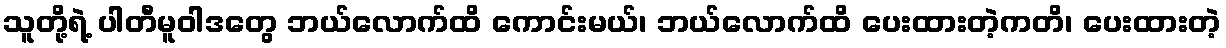
သူတို့ရဲ့ ပါတီမူဝါဒတွေ ဘယ်လောက်ထိ ကောင်းမယ်၊ ဘယ်လောက်ထိ ပေးထားတဲ့ကတိ၊ ပေးထားတဲ့